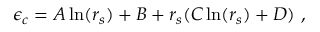
\epsilon _ { c } = A \ln ( r _ { s } ) + B + r _ { s } ( C \ln ( r _ { s } ) + D ) \ ,